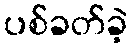
ပစ်ခတ်ခဲ့